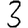
Digit: 3